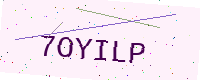
Text: 7OYILP